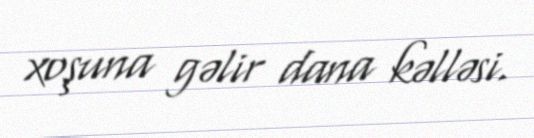
xoşuna gəlir dana kəlləsi.